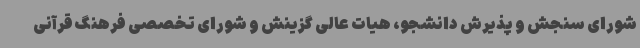
شورای سنجش و پذیرش دانشجو، هیات عالی گزینش و شورای تخصصی فرهنگ قرآنی